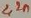
Text: 2,2n